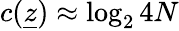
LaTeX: c(\underline{{z}})\approx\log_{2}{4N}